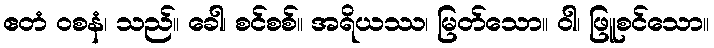
ဧတံ ဝစနံ၊ သည်။ ခေါ၊ စင်စစ်။ အရိယဿ၊ မြတ်သော။ ဝါ၊ ဖြူစင်သော။